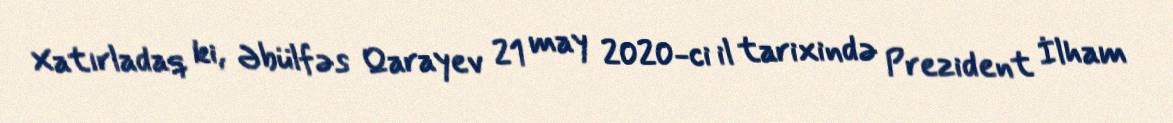
Xatırladaq ki, Əbülfəs Qarayev 21 may 2020-ci il tarixində Prezident İlham